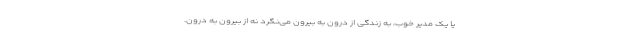
یا یک مدیر خوب، به زندگی از درون به بیرون می‌نگرد نه از بیرون به درون.